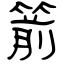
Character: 箭